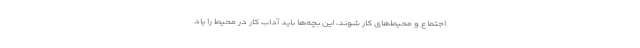
اجتماع و محیط‌های کار شوند، این بچه‌ها باید آداب کار در محیط را یاد